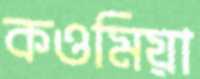
কওমিয়া